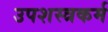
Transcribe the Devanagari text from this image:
उपशस्त्रकर्म